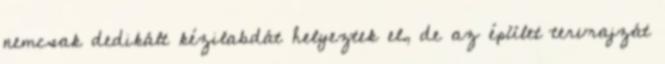
nemcsak dedikált kézilabdát helyeztek el, de az épület tervrajzát